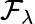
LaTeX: \mathcal{F}_{\lambda}